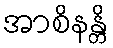
အာစိနန္တိ